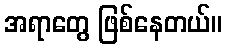
အရာတွေ ဖြစ်နေတယ်။